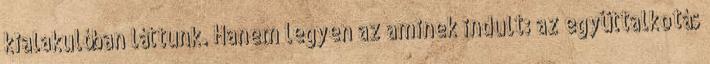
kialakulóban láttunk. Hanem legyen az aminek indult: az együttalkotás